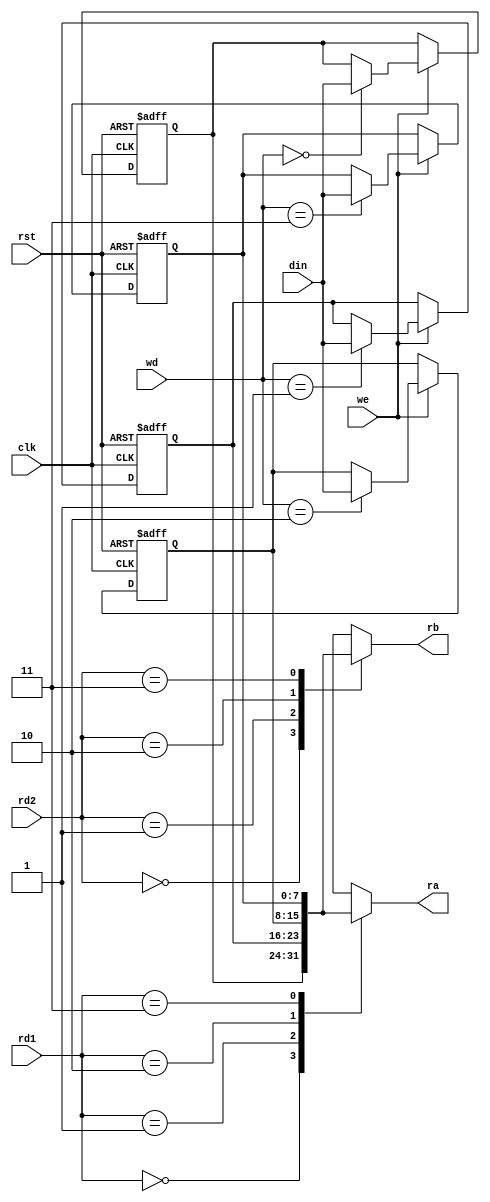
// Code your design here
// ---------------------------------Main Register------------------------------------------
module MainRegister (
    input we,
    input clk,
    input rst,
    input [1:0] rd1,
    input [1:0] rd2,
    input [1:0] wd,
    input [7:0] din,
    output [7:0] ra,
    output [7:0] rb
);
reg [7:0] regis [0:3]; // Array of 4 registers, each 8 bits 
always @ (negedge clk or negedge rst ) begin
    if (~rst) begin
        regis[0] <= 8'h00;
        regis[1] <= 8'h00;
        regis[2] <= 8'h00;
        regis[3] <= 8'h00;
    end 
    else if (we) begin
        regis[wd] <= din;
    end
end
assign ra = regis[rd1];
assign rb = regis[rd2];
endmodule


//  LR register for CALL and RETURN
module LR (
    input [7:0] sub_addi,
    input we,
    output reg[7:0] sub_addo
);

always @(posedge we) begin
    if (we) begin
        sub_addo <= sub_addi;
    end
end
endmodule

// ---------------------------------IF/ID------------------------------------------
module IF_ID (
    input [15:0] insi,
    input clk,
    input rst,
    input bubble_en,
    input branch_en,
    output reg [15:0] inso
);

always @(posedge clk or negedge rst) begin
    if (~rst) begin
        inso <= 16'h0; // reset value
    end
    else if (bubble_en)begin
        inso <= 16'h0; // insert bubble
    end
    else if (branch_en)begin
        inso <= 16'h0; // insert bubble
    end
    else begin
        inso <= insi;  // regular
    end
end
endmodule


// ---------------------------------ID/EXE-----------------------------------------
module ID_EXE (
    input [15:0] insi,//original instruction
    input [15:0] regDi,
    input clk, 
    input rst,
    // output when negedge comes
    output reg [15:0] inso,  
    output reg [15:0] regDo
);

always @(posedge clk or negedge rst) begin
    if (~rst) begin
        inso <= 16'h0;
        regDo <= 16'h0;
    end
    else begin
        inso <= insi;
        regDo <= regDi;
    end
end
endmodule

// ---------------------------------EXE/DM-----------------------------------------
module EXE_DM (
    input [15:0] insi,//original instruction
    input [15:0] regDi,
    input [7:0] alui,
    input clk, // write enable bite
    input rst,
    // output when negedge comes
    output reg [15:0] inso,  
    output reg [15:0] regDo,
    output reg [7:0] aluo
);
always @(posedge clk or negedge rst) begin
    if (~rst) begin
        inso <= 16'h0;
        regDo <= 16'h0;
        aluo <= 8'h0;
    end 
    else begin
        inso <= insi;
        regDo <= regDi;
        aluo <= alui;
    end
end
endmodule


// ----------------------------------DM/WB-----------------------------------------
module DM_WB (
    input [15:0] insi,//original instruction
    input [7:0] alui,
    input [7:0] memi,
    input clk, // write enable bite
    input rst,
    output reg [15:0] inso,//original instruction
    output reg [7:0] aluo,
    output reg [7:0] memo
);
always @(posedge clk or negedge rst) begin
    if (~rst) begin
        inso <= 16'h0;
        aluo <= 8'h0;
        memo <= 8'h0;
    end
    else begin
        inso <= insi;
        aluo <= alui;
        memo <= memi;
    end
end
endmodule